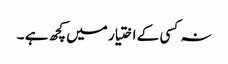
نہ کسی کے اختیار میں کچھ ہے ۔